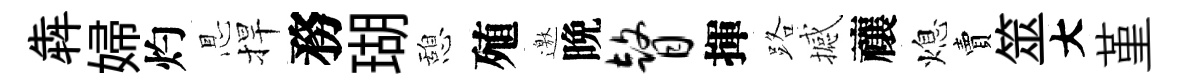
犇婦灼㤙捍務瑚憩殖邀晩瞽揮路撼禳熄賣筮大堇